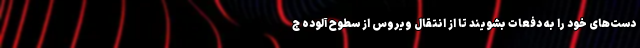
دست‌های خود را به دفعات بشویند تا از انتقال ویروس از سطوح آلوده ج